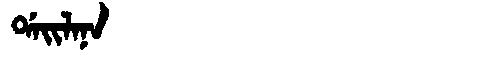
Manchu: ᡩᠠᡳᠯᠠᠨᠠ
Romanization: DAILANA